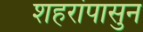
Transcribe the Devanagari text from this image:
शहरांपासुन